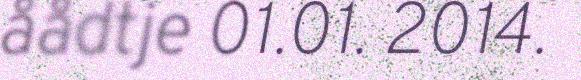
åådtje 01.01. 2014.